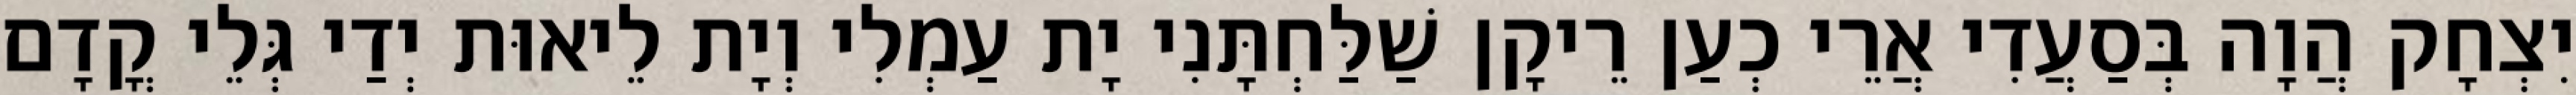
יִצְחָק הֲוָה בְּסַעֲדִי אֲרֵי כְעַן רֵיקָן שַׁלַּחְתָּנִי יָת עַמְלִי וְיָת לֵיאוּת יְדַי גְּלֵי קֳדָם